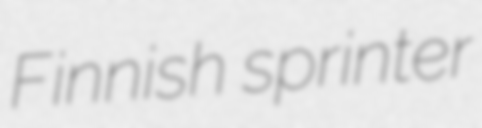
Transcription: Finnish sprinter